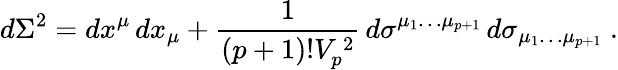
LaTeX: d\Sigma^{2}=dx^{\mu}\, dx_{\mu}+\frac{1}{(p+1)!V_{p}^{\, 2}}\, d\sigma^{\mu_{1}\dots\mu_{p+1}}\, d\sigma_{\mu_{1}\dots\mu_{p+1}}\ .